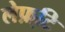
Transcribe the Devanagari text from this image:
लेफ़्टि